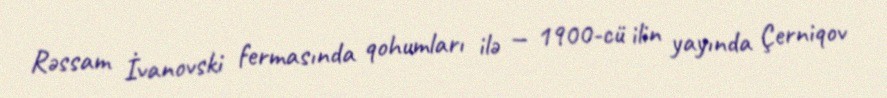
Rəssam İvanovski fermasında qohumları ilə — 1900-cü ilin yayında Çerniqov